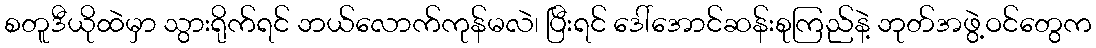
စတူဒီယိုထဲမှာ သွားရိုက်ရင် ဘယ်လောက်ကုန်မလဲ၊ ပြီးရင် ဒေါ်အောင်ဆန်းစုကြည်နဲ့ ဘုတ်အဖွဲ့ဝင်တွေက